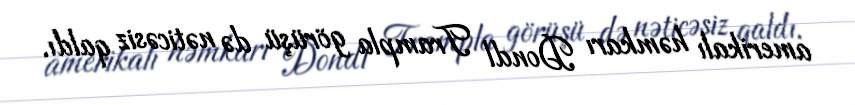
amerikalı həmkarı Dondl Trampla görüşü də nəticəsiz qaldı.